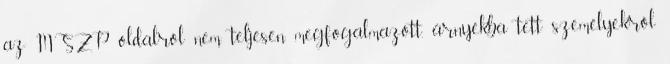
az MSZP oldalról nem teljesen megfogalmazott, árnyékba tett személyekről